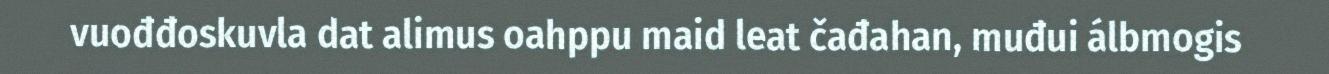
vuođđoskuvla dat alimus oahppu maid leat čađahan, muđui álbmogis